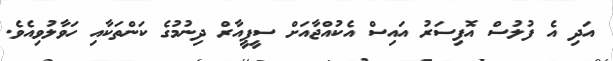
އަދި އެ ފުލުސް އޮފިސަރު އައިސް އެކުއްޖާއަށް ސީޕީއާރް ދިނުމުގެ ކަންތަކާއި ހަވާލުވިއެވެ.